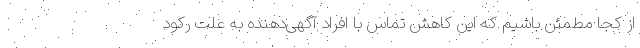
از کجا مطمئن باشیم که این کاهش تماس با افراد آگهی‌دهنده به علت رکود